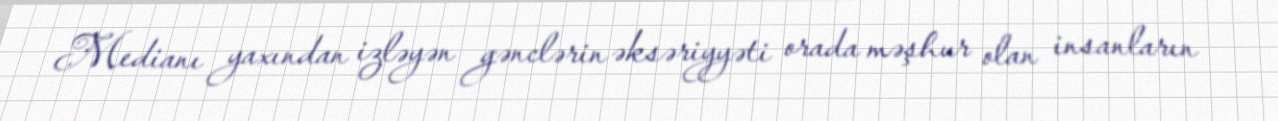
Medianı yaxından izləyən gənclərin əksəriyyəti orada məşhur olan insanların